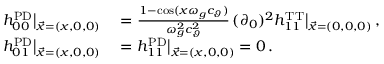
\begin{array} { r l } { h _ { 0 0 } ^ { \mathrm { P D } } \big | _ { \vec { x } = ( x , 0 , 0 ) } } & { { } = \frac { 1 - \cos ( x \omega _ { g } c _ { \vartheta } ) } { \omega _ { g } ^ { 2 } c _ { \vartheta } ^ { 2 } } \, ( \partial _ { 0 } ) ^ { 2 } h _ { 1 1 } ^ { \mathrm { T T } } \big | _ { \vec { x } = ( 0 , 0 , 0 ) } \, , } \\ { h _ { 0 1 } ^ { \mathrm { P D } } \big | _ { \vec { x } = ( x , 0 , 0 ) } } & { { } = h _ { 1 1 } ^ { \mathrm { P D } } \big | _ { \vec { x } = ( x , 0 , 0 ) } = 0 \, . } \end{array}